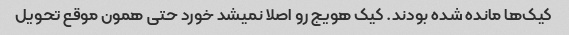
کیک‌ها مانده شده بودند. کیک هویج رو اصلا نمیشد خورد حتی همون موقع تحویل